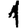
Digit: 1